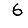
Digit: 6